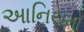
આનિયમો